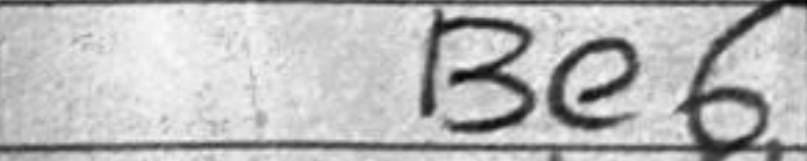
Transcription: Be6